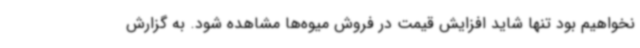
نخواهیم بود تنها شاید افزایش قیمت در فروش میوه‌ها مشاهده شود. به گزارش